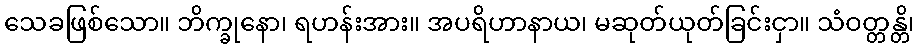
သေခဖြစ်သော။ ဘိက္ခုနော၊ ရဟန်းအား။ အပရိဟာနာယ၊ မဆုတ်ယုတ်ခြင်းငှာ။ သံဝတ္တန္တိ၊